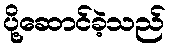
ပို့ဆောင်ခဲ့သည်